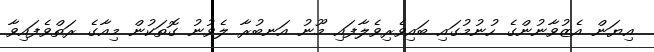
އިޔަން އެޒުވާނުންގެ ހުނުމުގައި ބައިވެރިވެލާފައި މޫނު އަނބުރާ ލެވުނު ގޮތަކުން މިއާގެ ރަތްވެފައިވާ